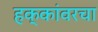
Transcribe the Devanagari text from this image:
हक्कांवरचा